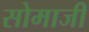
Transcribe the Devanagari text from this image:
सोमाजी